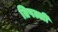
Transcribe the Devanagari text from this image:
तिपल्ली